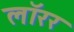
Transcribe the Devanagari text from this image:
लॉरर